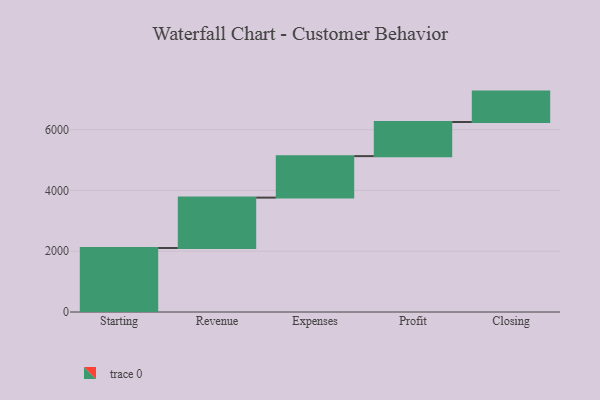
{"axis": {"x": "Step", "y": "Value"}, "legend": [""], "data": [{"x": "Starting", "y": 2106.0, "type": ""}, {"x": "Revenue", "y": 1657.0, "type": ""}, {"x": "Expenses", "y": 1365.0, "type": ""}, {"x": "Profit", "y": 1123.0, "type": ""}, {"x": "Closing", "y": 1000, "type": ""}]}